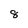
Character: 8